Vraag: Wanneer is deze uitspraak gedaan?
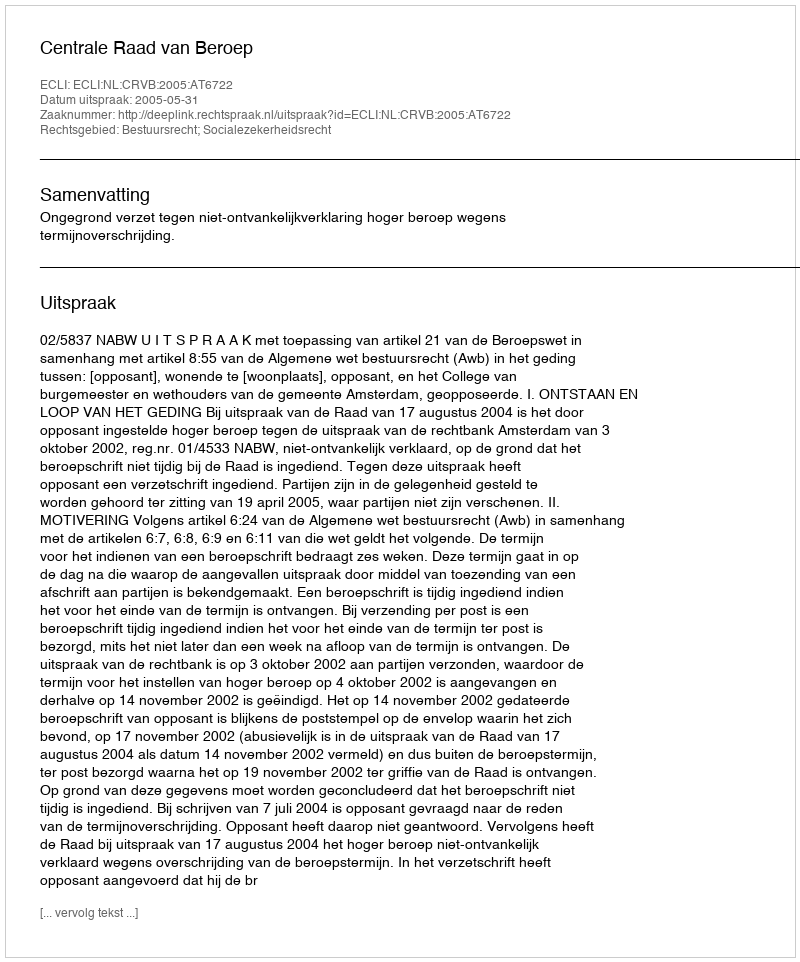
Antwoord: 2005-05-31